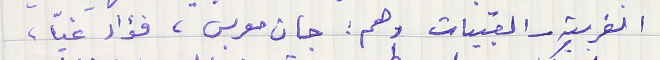
الغربية - القبيات وهم : جان معربس، فؤاد غيّا،